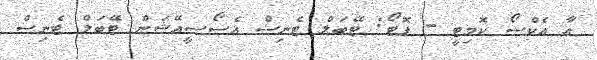
އާ އެކްސޯ ކޮމިޓީ - ފޮޓޯ: ޓޭބަލް ޓެނިސް އެސޯސީއޭޝަން ޓޭބަލް ޓެނިސް